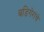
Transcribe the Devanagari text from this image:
बडिगेरांचे